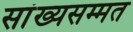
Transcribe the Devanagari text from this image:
सांख्यसम्मत